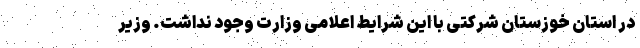
در استان خوزستان شرکتی با این شرایط اعلامی وزارت وجود نداشت. وزیر